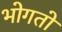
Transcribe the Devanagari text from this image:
भोगतो